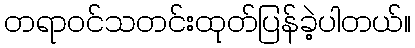
တရာဝင်သတင်းထုတ်ပြန်ခဲ့ပါတယ်။